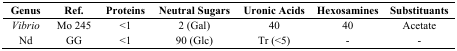
| Genus | Ref. | Proteins | Neutral Sugars | Uronic Acids | Hexosamines | Substituants |
 | --- | --- | --- | --- | --- | --- | --- |
 | Vibrio | Mo 245 | <1 | 2 (Gal) | 40 | 40 | Acetate |
 | Nd | GG | <1 | 90 (Glc) | Tr (<5) | - | - |